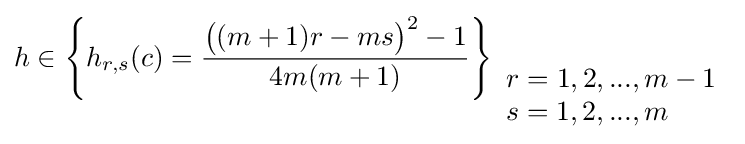
h\in \left\{h_{r,s}(c)={\frac {{\big (}(m+1)r-ms{\big )}^{2}-1}{4m(m+1)}}\right\}_{\begin{array}{l}r=1,2,...,m-1\\s=1,2,...,m\end{array}}